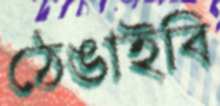
ঠেঙাইবি